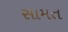
સામત